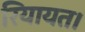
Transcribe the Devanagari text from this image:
रियायत।